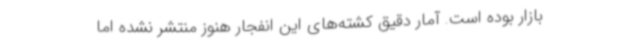
بازار بوده است. آمار دقیق کشته‌های این انفجار هنوز منتشر نشده اما